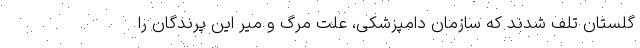
گلستان تلف شدند که سازمان دامپزشکی، علت مرگ و میر این پرندگان را